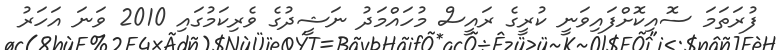
ފުރަތަމަ ސޮއިކޮށްފައިވަނީ ކުރީގެ ރައީސް މުހައްމަދު ނަޝީދުގެ ވެރިކަމުގައި 2010 ވަނަ އަހަރު